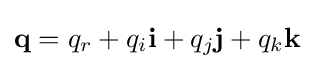
\mathbf {q} =q_{r}+q_{i}\mathbf {i} +q_{j}\mathbf {j} +q_{k}\mathbf {k}